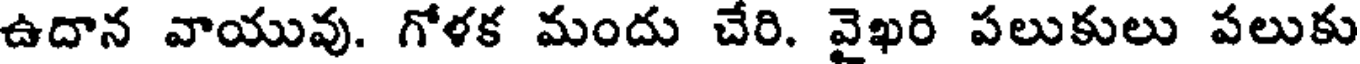
ఉదాన వాయువు. గోళక మందు చేరి. వైఖరి పలుకులు పలుకు